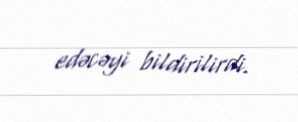
edəcəyi bildirilirdi.